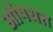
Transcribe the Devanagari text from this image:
औषधत